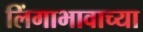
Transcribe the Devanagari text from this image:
लिंगाभावाच्या